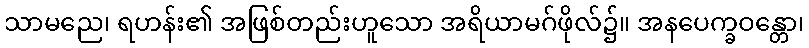
သာမညေ၊ ရဟန်း၏ အဖြစ်တည်းဟူသော အရိယာမဂ်ဖိုလ်၌။ အနပေက္ခဝန္တော၊